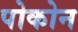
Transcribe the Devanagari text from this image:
पोकोन